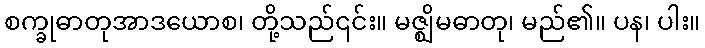
စက္ခုဓာတုအာဒယောစ၊ တို့သည်၎င်း။ မဇ္ဈိမဓာတု၊ မည်၏။ ပန၊ ပါး။